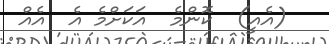
(އެއީ)  ކޮންމެ  އަކަށްމެ އެ  އެއް